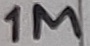
Text: 1M